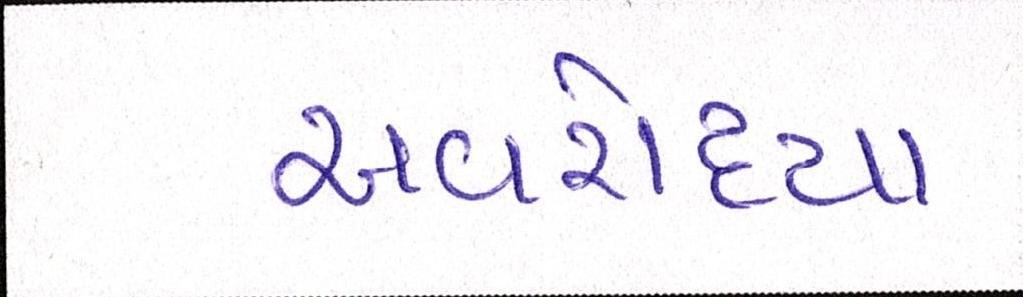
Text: અવરોધ્યા